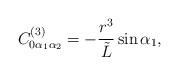
LaTeX: \begin{align*}C^{(3)}_{0\alpha_1\alpha_2}=-\frac{r^3}{{\tilde L}}\sin{\alpha_1},\end{align*}